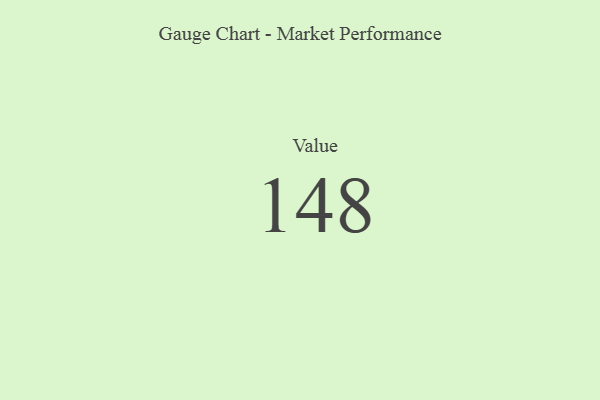
{"axis": {"x": "Metric", "y": "Value"}, "legend": [""], "data": [{"x": "Value", "y": 148, "type": ""}]}